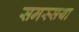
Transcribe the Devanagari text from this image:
समस्सया